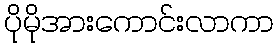
ပိုမိုအားကောင်းလာကာ